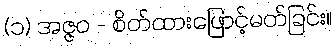
(၁) အဇ္ဇဝ - စိတ်ထားဖြောင့်မတ်ခြင်း။